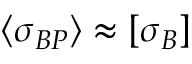
\langle { \sigma _ { B P } } \rangle \approx [ \sigma _ { B } ]